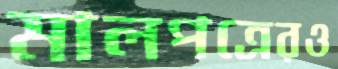
মালপত্রেরও